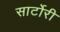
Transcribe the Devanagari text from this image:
सार्टोरी